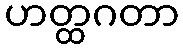
ဟတ္ထဂတာ